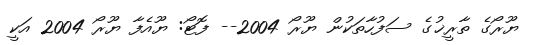
ޔޫރޯގެ ތާރީޚުގެ ސަފުހާތަކުން ޔޫރޯ 2004-- ފޮޓޯ: ޔޫއެފާ ޔޫރޯ 2004 އަކީ